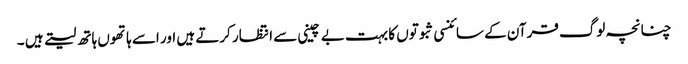
چنانچہ لوگ قرآن کے سائنسی ثبوتوں کا بہت بے چینی سے انتظار کرتے ہیں اور اسے ہاتھوں ہاتھ لیتے ہیں ۔